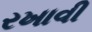
રખાવી